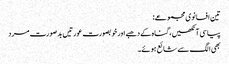
تین افسانوی مجموعے:
پیاسی آنکھیں، گناہ کے دھبے اور خوبصورت عورتیں بدصورت مرد
بھی الگ سے شائع ہوئے۔